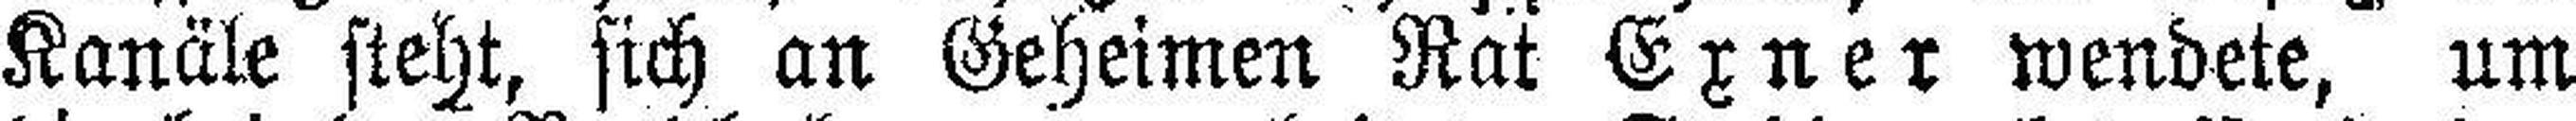
Kanäle steht, sich an Geheimen Rat Exner wendete, um